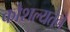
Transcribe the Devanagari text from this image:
कौशल्यतेने